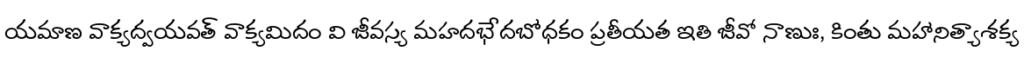
యమాణ వాక్యద్వయవత్ వాక్యమిదం వి జీవస్య మహదభేదబోధకం ప్రతీయత ఇతి జీవో నాణుః, కింతు మహానిత్యాశక్య